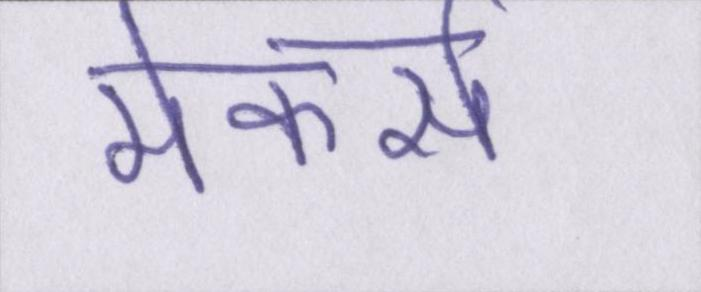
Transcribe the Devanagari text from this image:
मेकर्स